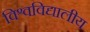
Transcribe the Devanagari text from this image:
विश्वविद्यालीय